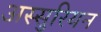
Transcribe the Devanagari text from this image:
अस्सुरियन